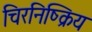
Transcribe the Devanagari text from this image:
चिरनिष्क्रिय